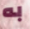
به